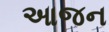
આજન